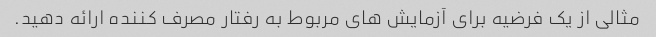
مثالی از یک فرضیه برای آزمایش های مربوط به رفتار مصرف کننده ارائه دهید.